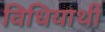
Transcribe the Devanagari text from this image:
विधियार्थी